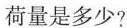
荷量是多少?